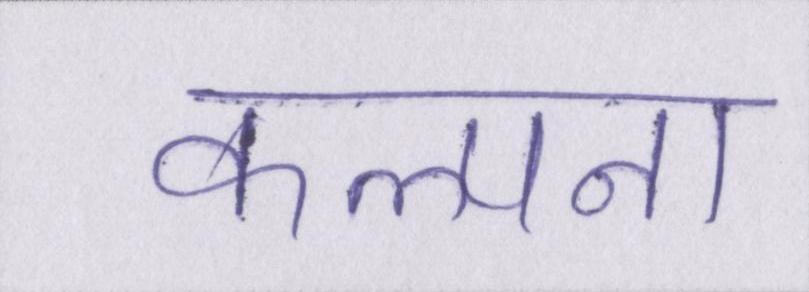
कल्पना